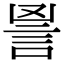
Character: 𧦙